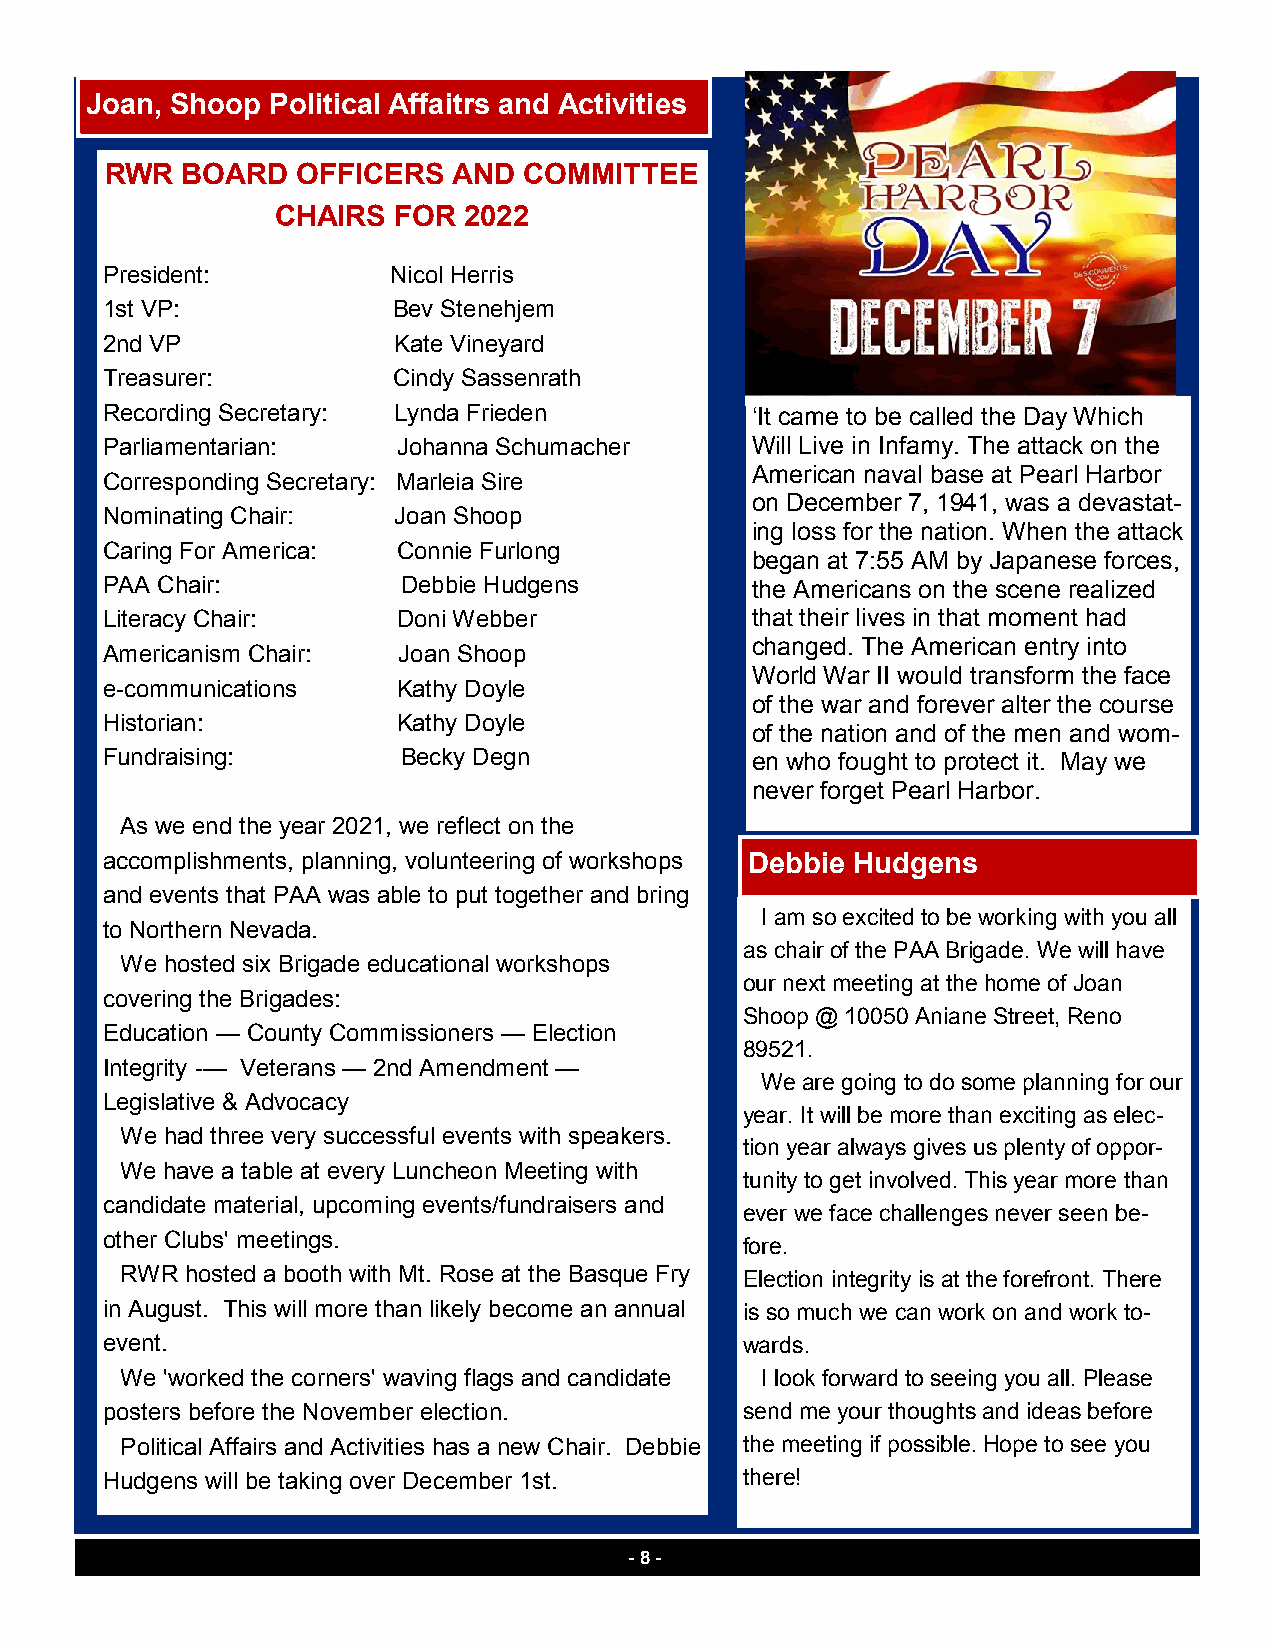
Joan, Shoop Political Affaitrs and Activities
 RWR  BOARD   OFFICERS  AND  COMMITTEE
 CHAIRS  FOR  2022
 President:         Nicol Herris
 1st VP:            Bev Stenehjem
 2nd VP             Kate Vineyard
 Treasurer:         Cindy Sassenrath
 Recording Secretary: Lynda Frieden         ‘It came to be called the Day Which
 Parliamentarian:   Johanna Schumacher      Will Live in Infamy. The attack on the
 American naval base at Pearl Harbor
 Corresponding Secretary: Marleia Sire
 on December 7, 1941, was a devastat-
 Nominating Chair:  Joan Shoop
 ing loss for the nation. When the attack
 Caring For America: Connie Furlong
 began at 7:55 AM by Japanese forces,
 PAA Chair:          Debbie Hudgens         the Americans on the scene realized
 Literacy Chair:    Doni Webber             that their lives in that moment had
 changed. The American entry into
 Americanism Chair: Joan Shoop
 World War II would transform the face
 e-communications   Kathy Doyle
 of the war and forever alter the course
 Historian:         Kathy Doyle
 of the nation and of the men and wom-
 Fundraising:        Becky Degn             en who fought to protect it. May we
 never forget Pearl Harbor.
 As we end the year 2021, we reflect on the
 accomplishments, planning, volunteering of workshops Debbie Hudgens
 and events that PAA was able to put together and bring
 I am so excited to be working with you all
 to Northern Nevada.
 as chair of the PAA Brigade. We will have
 We hosted six Brigade educational workshops
 our next meeting at the home of Joan
 covering the Brigades:
 Shoop @ 10050 Aniane Street, Reno
 Education — County Commissioners — Election
 89521.
 Integrity -— Veterans — 2nd Amendment —
 We are going to do some planning for our
 Legislative & Advocacy
 year. It will be more than exciting as elec-
 We had three very successful events with speakers.
 tion year always gives us plenty of oppor-
 We have a table at every Luncheon Meeting with
 tunity to get involved. This year more than
 candidate material, upcoming events/fundraisers and
 ever we face challenges never seen be-
 other Clubs' meetings.
 fore.
 RWR hosted a booth with Mt. Rose at the Basque Fry Election integrity is at the forefront. There
 in August. This will more than likely become an annual is so much we can work on and work to-
 event.                                    wards.
 We 'worked the corners' waving flags and candidate I look forward to seeing you all. Please
 posters before the November election.     send me your thoughts and ideas before
 Political Affairs and Activities has a new Chair. Debbie the meeting if possible. Hope to see you
 Hudgens will be taking over December 1st. there!
 - 8 -